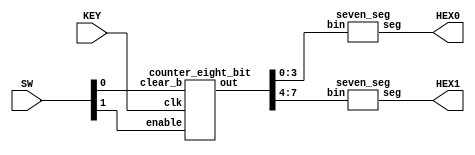
module counter(KEY, SW, HEX0, HEX1);
    input [0:0] KEY;
    input [1:0] SW;
    output [0:6] HEX0, HEX1;

    wire [3:0] disp0, disp1;

    counter_eight_bit c8(SW[1], KEY[0], SW[0], {disp1, disp0});

    seven_seg h0(HEX0, disp0);
    seven_seg h1(HEX1, disp1);
endmodule // counter


module counter_eight_bit(enable, clk, clear_b, out);
    input enable, clk, clear_b;
    output [7:0] out;

    wire bit1, bit2, bit3, bit4, bit5, bit6, bit7;
    
    assign bit1 = enable & out[0];
    assign bit2 = bit1 & out[1];
    assign bit3 = bit2 & out[2];
    assign bit4 = bit3 & out[3];
    assign bit5 = bit4 & out[4];
    assign bit6 = bit5 & out[5];
    assign bit7 = bit6 & out[6];

    tflipflop t0(enable, clk, clear_b, out[0]);
    tflipflop t1(bit1, clk, clear_b, out[1]);
    tflipflop t2(bit2, clk, clear_b, out[2]);
    tflipflop t3(bit3, clk, clear_b, out[3]);
    tflipflop t4(bit4, clk, clear_b, out[4]);
    tflipflop t5(bit5, clk, clear_b, out[5]);
    tflipflop t6(bit6, clk, clear_b, out[6]);
    tflipflop t7(bit7, clk, clear_b, out[7]);

endmodule // counter_eight_bit


module tflipflop(enable, clk, clear_b, out);
    input clk, clear_b, enable;
    output out;

    reg out;

    always @(posedge clk, negedge clear_b)
    begin
        if (clear_b == 1'b0)
            out <= 0;
        else if (enable == 1'b1)
            out <= ~out;
    end

endmodule // tflipflop


module seven_seg(seg, bin);
    input [3:0] bin;
    output [0:6] seg;
    reg [0:6] seg;

    always @(bin)
    begin
        case (bin)
            0 : seg = 7'b0000001;
            1 : seg = 7'b1001111;
            2 : seg = 7'b0010010;
            3 : seg = 7'b0000110;
            4 : seg = 7'b1001100;
            5 : seg = 7'b0100100;
            6 : seg = 7'b0100000;
            7 : seg = 7'b0001111;
            8 : seg = 7'b0000000;
            9 : seg = 7'b0000100;
            10 : seg = 7'b0001000;
            11 : seg = 7'b1100000;
            12 : seg = 7'b0110001;
            13 : seg = 7'b1000010;
            14 : seg = 7'b0110000;
            15 : seg = 7'b0111000;
            default: seg = 7'b1111111;
        endcase
    end
endmodule // seven_seg